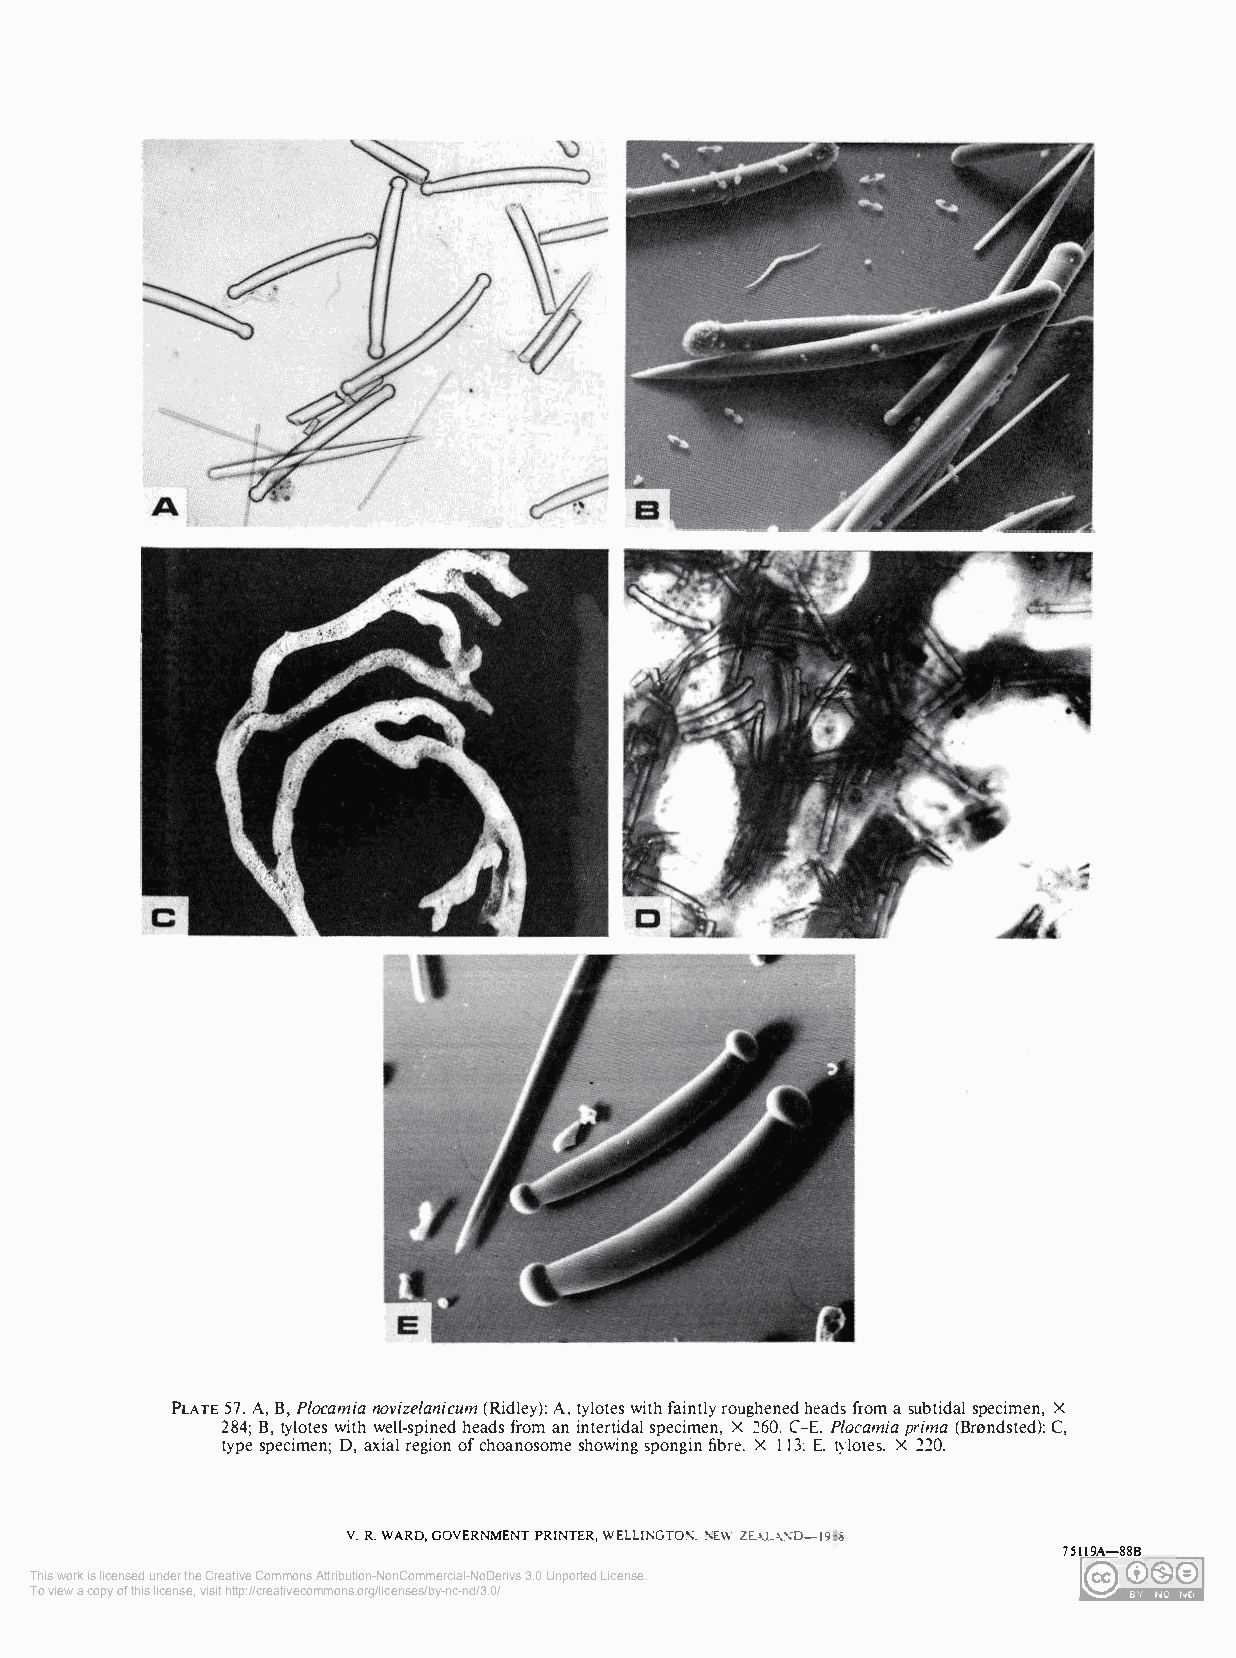
PLATE 57. A, B, Plocamia novizelanicum (Ridley): A, tylotes with faintly roughened heads from a subtidal specimen, X
 284; B, tylotes with well-spined heads from an intertidal specimen, X 260. C-E. Plocamia prima (Brnndsted): C,
 type specimen; D, axial region of choanosome showing spongin fibre, X 113: E. tylotes. X 220.
 V. R. WARD, GOVERNMENT PRINTER, WELLINGTON. �EW Z:L>J_-\..'\D-19 8
 75119A-88B
 This work is licensed under the Creative Commons Attribution-NonCommercial-NoDerivs 3.0 Unported License.
 To view a copy of this license, visit http://creativecommons.org/licenses/by-nc-nd/3.0/ �A<Vwt�